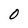
Character: 0